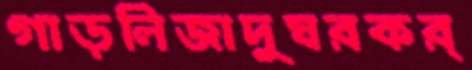
গাড়লিজাদুঘরকর্